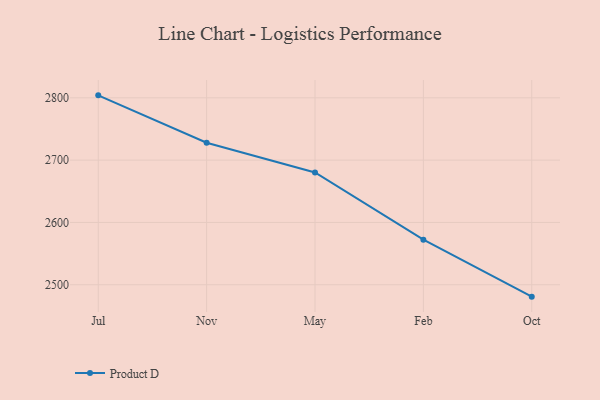
{"axis": {"x": "Month", "y": "Humidity (%)"}, "legend": ["Product D"], "data": [{"x": "Jul", "y": 2804.0, "type": "Product D"}, {"x": "Nov", "y": 2727.9, "type": "Product D"}, {"x": "May", "y": 2680.2, "type": "Product D"}, {"x": "Feb", "y": 2572.3, "type": "Product D"}, {"x": "Oct", "y": 2480.9, "type": "Product D"}]}